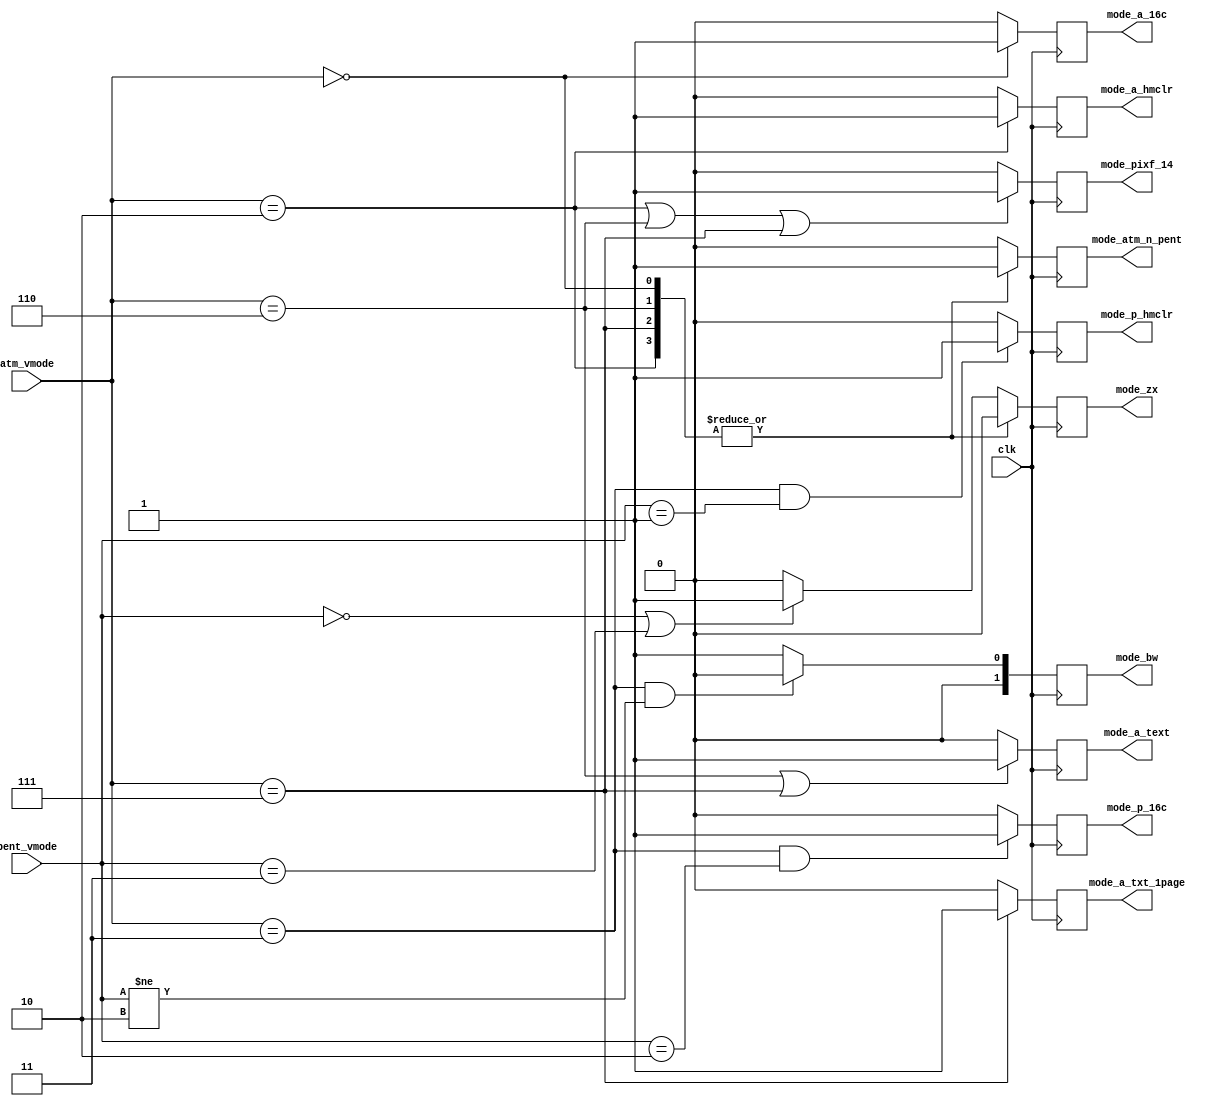
module video_modedecode(

	input  wire        clk,

	input  wire [ 1:0] pent_vmode, // inputs as set by Z80 environment
	input  wire [ 2:0] atm_vmode,  //


	output reg         mode_atm_n_pent, // =1 - atm modes, =0 - pentagon modes (mainly for border and visible area changing)


	output reg         mode_zx, // standard ZX mode

	output reg         mode_p_16c,   // pentagon 16 colors
	output reg         mode_p_hmclr, // pentagon hardware multicolor


	output reg         mode_a_hmclr, // 640x200 atm hardware multicolor
	output reg         mode_a_16c,   // 320x200 atm 16 colors
	output reg         mode_a_text,  // 640x200 (80x25 symbols) atm text mode
	output reg         mode_a_txt_1page, // atm text mode in a single page (modifier for mode_a_text)

	output reg         mode_pixf_14, // =1: 14MHz pixelclock on (default is 7MHz).


	output reg  [ 1:0] mode_bw // required bandwidth: 2'b00 - 1/8, 2'b01 - 1/4,
	                           //                     2'b10 - 1/2, 2'b11 - 1
);

// values for pent_vmode and atm_vmode:

// pent:
// 2'b00 - standard ZX
// 2'b01 - hardware multicolor
// 2'b10 - pentagon 16 colors
// 2'b11 - not defined yet

// atm:
// 3'b011 - zx modes (pent_vmode is active)
// 3'b010 - 640x200 hardware multicolor
// 3'b000 - 320x200 16 colors
// 3'b110 - 80x25 text mode
// 3'b111 - 80x25 text mode (single page)
// 3'b??? (others) - not defined yet




	always @(posedge clk)
	begin
		case( atm_vmode )
			3'b010:  mode_atm_n_pent <= 1'b1;
			3'b000:  mode_atm_n_pent <= 1'b1;
			3'b110:  mode_atm_n_pent <= 1'b1;
			3'b111:  mode_atm_n_pent <= 1'b1;

			3'b011:  mode_atm_n_pent <= 1'b0;
			default: mode_atm_n_pent <= 1'b0;
		endcase


		case( atm_vmode )
			3'b010: mode_zx <= 1'b0;
			3'b000: mode_zx <= 1'b0;
			3'b110: mode_zx <= 1'b0;
			3'b111: mode_zx <= 1'b0;

			default: begin
				if( (pent_vmode==2'b00) || (pent_vmode==2'b11) )
					mode_zx <= 1'b1;
				else
					mode_zx <= 1'b0;
			end
		endcase


		
		if( (atm_vmode==3'b011) && (pent_vmode==2'b10) )
			mode_p_16c <= 1'b1;
		else
			mode_p_16c <= 1'b0;


		if( (atm_vmode==3'b011) && (pent_vmode==2'b01) )
			mode_p_hmclr <= 1'b1;
		else
			mode_p_hmclr <= 1'b0;


		if( atm_vmode==3'b010 )
			mode_a_hmclr <= 1'b1;
		else
			mode_a_hmclr <= 1'b0;
		

		if( atm_vmode==3'b000 )
			mode_a_16c <= 1'b1;
		else
			mode_a_16c <= 1'b0;
		

		if( (atm_vmode==3'b110) || (atm_vmode==3'b111) )
			mode_a_text <= 1'b1;
		else
			mode_a_text <= 1'b0;
		
		if( atm_vmode==3'b111 )
			mode_a_txt_1page <= 1'b1;
		else
			mode_a_txt_1page <= 1'b0;



		if( (atm_vmode==3'b010) || (atm_vmode==3'b110) || (atm_vmode==3'b111) )
			mode_pixf_14 <= 1'b1;
		else
			mode_pixf_14 <= 1'b0;



		if( (atm_vmode==3'b011) && (pent_vmode!=2'b10) )
			mode_bw <= 2'b00; // 1/8
		else
			mode_bw <= 2'b01; // 1/4


	end

endmodule